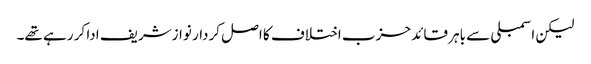
لیکن اسمبلی سے باہر قائد حزب اختلاف کا اصل کردار نوازشریف ادا کر رہے تھے۔